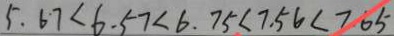
5 . 6 7 < 6 . 5 7 < 6 . 7 5 < 7 . 5 6 < 7 . 6 5